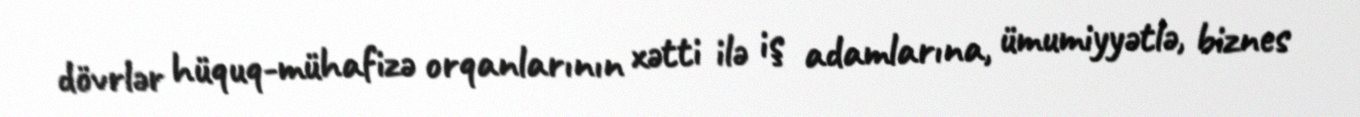
dövrlər hüquq-mühafizə orqanlarının xətti ilə iş adamlarına, ümumiyyətlə, biznes